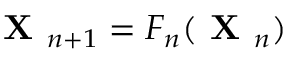
\boldsymbol { \textbf { X } } _ { n + 1 } = F _ { n } ( \boldsymbol { \textbf { X } } _ { n } )